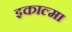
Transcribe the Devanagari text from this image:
इकाल्मा